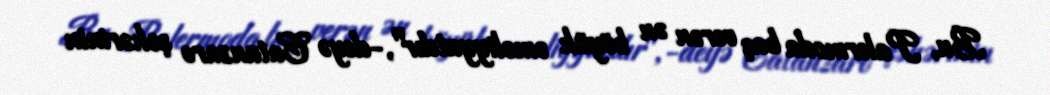
Bu, Palermoda baş verən ən böyük əməliyyatdır",-deyə Catanzaro şəhərinin